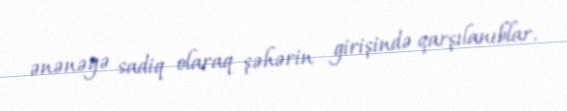
ənənəyə sadiq olaraq şəhərin girişində qarşılanıblar.